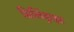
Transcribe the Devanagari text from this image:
सिलिंड्राइट